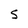
Character: 5